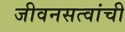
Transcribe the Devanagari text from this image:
जीवनसत्वांची